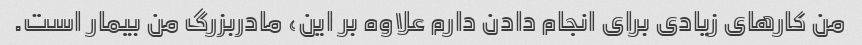
من کارهای زیادی برای انجام دادن دارم علاوه بر این، مادربزرگ من بیمار است.